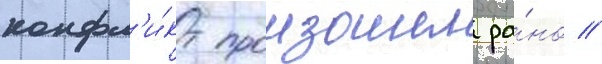
конфл'и́кт произошел ра́но //